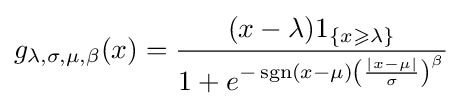
g_{\lambda ,\sigma ,\mu ,\beta }(x)={\frac {(x-\lambda ){1}_{\{x\geqslant \lambda \}}}{1+e^{-\operatorname {sgn} (x-\mu )\left({\frac {\vert x-\mu \vert }{\sigma }}\right)^{\beta }}}}